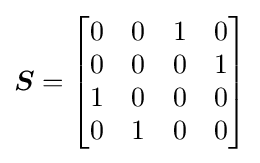
{\boldsymbol {S}}={\begin{bmatrix}0&0&1&0\\0&0&0&1\\1&0&0&0\\0&1&0&0\end{bmatrix}}